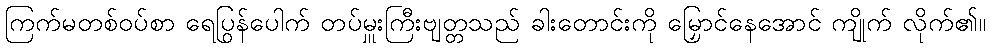
ကြက်မတစ်ဝပ်စာ ရေပြွန်ပေါက် တပ်မှူးကြီးဗျတ္တသည် ခါးတောင်းကို မြှောင်နေအောင် ကျိုက် လိုက်၏။